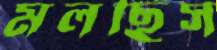
মলছিস